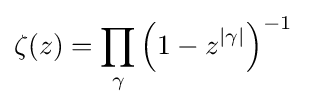
\zeta (z)=\prod _{\gamma }\left(1-z^{|\gamma |}\right)^{-1}\